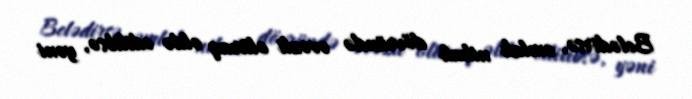
Belədirsə, əmlak nikah dövründə əvəzli olaraq əldə edilibsə, yəni